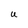
Character: U